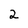
Character: 2